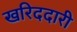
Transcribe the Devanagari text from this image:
खरिददारी